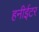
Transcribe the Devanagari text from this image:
हनीईटर